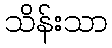
သိန်းသာ